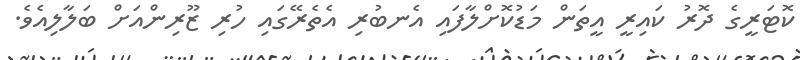
ކޮޓަރީގެ ދޮރު ކައިރީ އީތަން މަޑުކޮށްލާފައި އެނބުރި އެތެރޭގައި ހުރި ޒޫރިންއަށް ބަލާލިއެވެ.